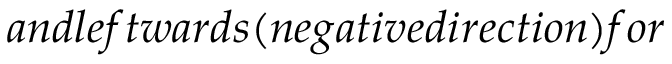
a n d l e f t w a r d s ( n e g a t i v e d i r e c t i o n ) f o r